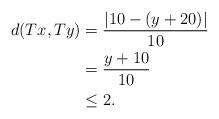
LaTeX: \begin{align*}d(Tx,Ty)&= \frac{|10-(y+20)|}{10}\\&= \frac{y+10}{10}\\& \leq 2.\end{align*}